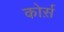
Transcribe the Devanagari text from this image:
कोर्स़